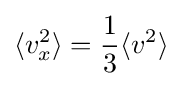
\langle v_{x}^{2}\rangle ={\frac {1}{3}}\langle v^{2}\rangle